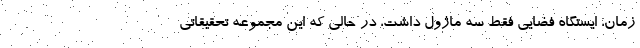
زمان، ایستگاه فضایی فقط سه ماژول داشت، در حالی که این مجموعه تحقیقاتی